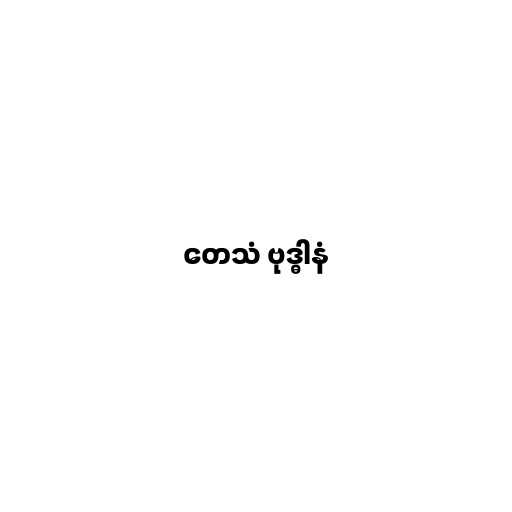
တေသံ ဗုဒ္ဓါနံ